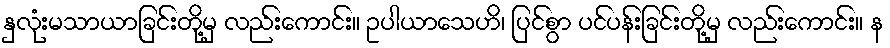
နှလုံးမသာယာခြင်းတို့မှ လည်းကောင်း။ ဥပါယာသေဟိ၊ ပြင်စွာ ပင်ပန်းခြင်းတို့မှ လည်းကောင်း။ န